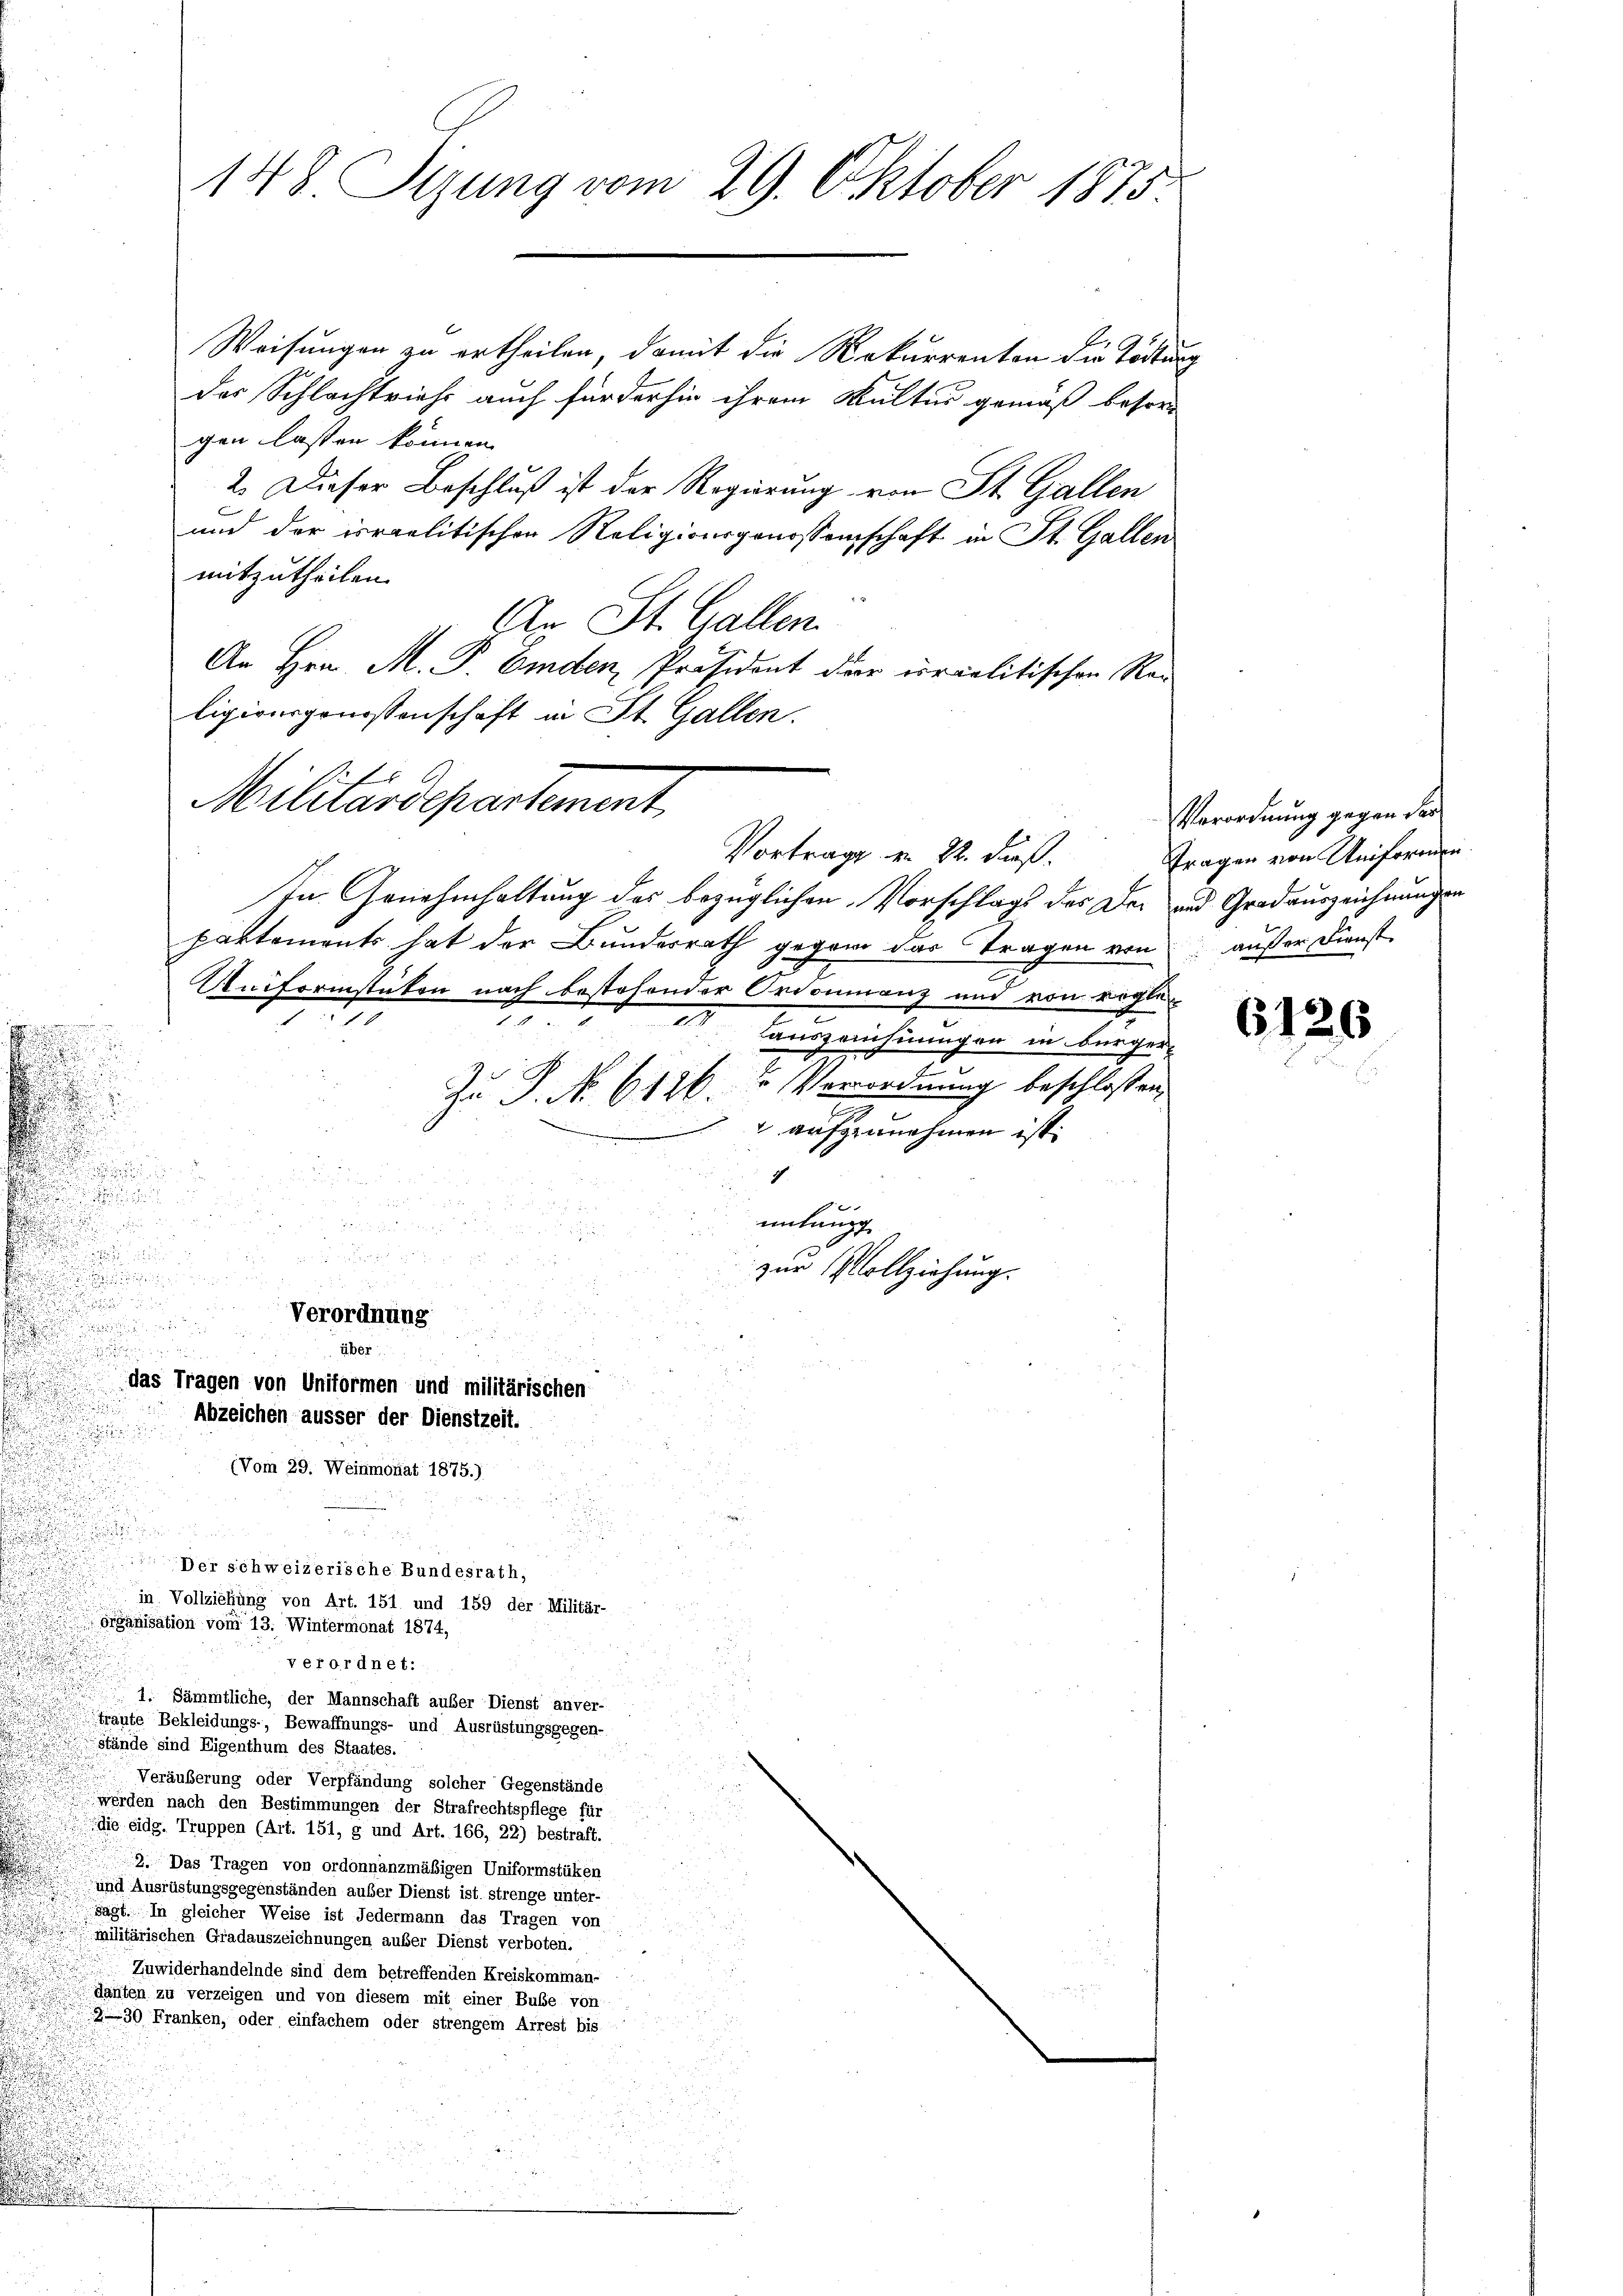
d
.
.
.
.
.

verordnet:
1. Sämmtliche, der Mannschaft außer Dienst anver-
traute Bekleidungs-, Bewaffnungs- und Ausrüstungsgegen-
Stände sind Eigenthum des Staates.
Veräuberung oder Verpfändung solcher Gegenstände
werden nach den Bestimmungen der Strafrechtspflege für
die eidg. Truppen (Art. 151, g und Art. 166, 22) bestraft.
2. Das Tragen von ordonnanzmäßigen Uniformstüken
und Ausrüstungsgegenständen auser Dienst ist strenge unter-
sagt. In gleicher Weise ist Jedermann das Tragen von
militärischen Gradauszeichnungen außer Dienst verboten.
Zuwiderhandelnde sind dem betreffenden Kreiskomman-
danten zu verzeigen und von diesem mit einer Buße von
2—30 Franken, oder einfachem oder strengem Arrest bis

Der schweizerische Bundesrath,
in Vollziehung von Art. 151 und 159 der Militär-
organisation vom 13. Wintermonat 1874,

148. Pirung vom 29. Oktober 1875

Weisungen zu ertheilen, damit die Rekurrenten die Tödtung
der Schlachtriehs auch für der hin ihrem Kultur gemäß besorgen lassen können.
2. Dieser Beschluß ist der Regierung von St. Gallen
und der israelitischen Religionsgenossenschaft in St. Gallen
mitzutheilen.
An St. Gallen.
An Hrn. M. P. Emden, Präsident der uralitischen Religionsgenossenschaft in St. Gallen.
Militärdepartement
Vortrage u. 22. dieß.
In Genehmhaltung des bezüglichen Vorschlags des Der und Gradauszeichnungen
partements hat der Bundesrath gegend das Tragen von außer Dienst
2
Uniformstüken nach bestehender Ordoninanz und von regle
e
2
auszeichnungen in Bürger¬
Zu P. No 6126 in Verordnung beschlossen
 aufzunehmen ist.
c

a
mitung

5

.
zur Vollziehung.

über
das Tragen von Uniformen und militärischen
Abzeichen äusser der Dienstzeit.
(Vom 29. Weinmonat 1875.)

Verordnung

Verordnung gegen der
Fragen von Uniformen.

6126